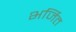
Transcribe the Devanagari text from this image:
भर्जित